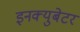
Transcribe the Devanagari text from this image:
इनक्युबेटर